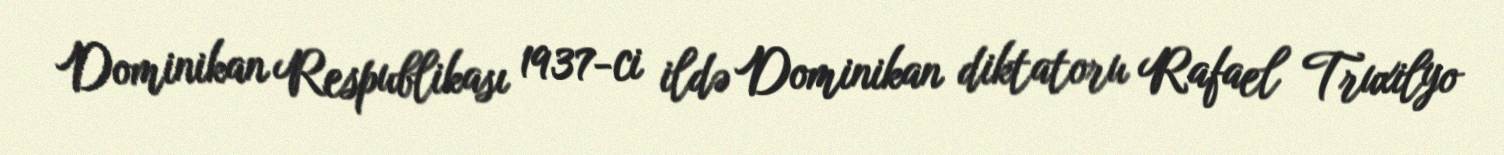
Dominikan Respublikası 1937-ci ildə Dominikan diktatoru Rafael Truxilyo